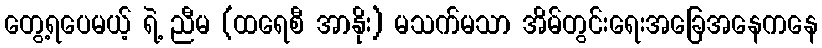
တွေ့ရပေမယ့် ရဲ့ ညီမ (ထရေစီ အာနိုး) မသက်မသာ အိမ်တွင်းရေးအခြေအနေကနေ